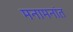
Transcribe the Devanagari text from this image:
मनामनांत